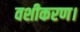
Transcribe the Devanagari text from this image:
वशीकरण।